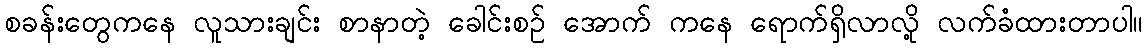
စခန်းတွေကနေ လူသားချင်း စာနာတဲ့ ခေါင်းစဉ် အောက် ကနေ ရောက်ရှိလာလို့ လက်ခံထားတာပါ။